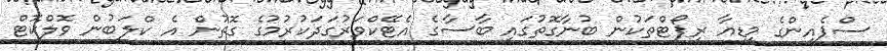
ސްޕެއިންގެ މީޑިއާ ރިޕޯޓްތަކުން ބުނާގޮތުގައި ބާސާގެ އެޓޭކްވަރުގަދަކުރުމުގެ ގޮތުން އެ ކްލަބުން ވޮލްކޮޓް